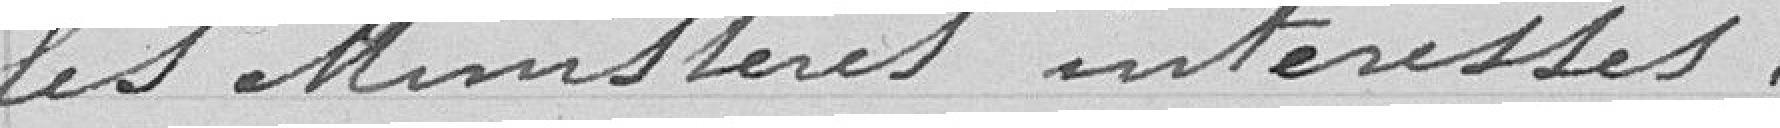
les Ministères intéressés.